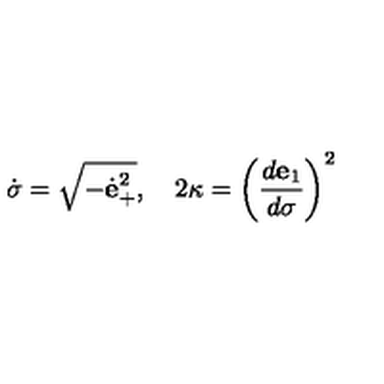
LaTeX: { \dot { \sigma } } = \sqrt { - { \dot { \bf e } } _ { + } ^ { 2 } } , \quad 2 \kappa = \left( { \frac { d { \bf e } _ { 1 } } { d \sigma } } \right) ^ { 2 }